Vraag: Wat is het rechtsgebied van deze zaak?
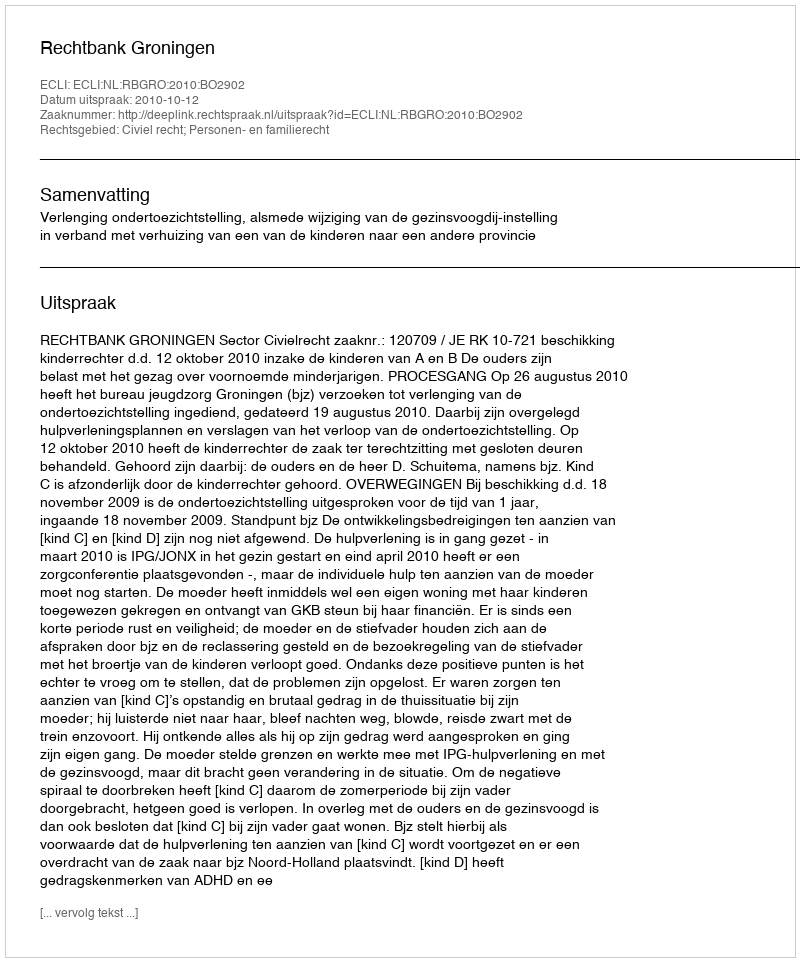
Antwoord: Civiel recht; Personen- en familierecht